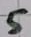
Text: 5